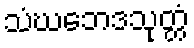
သံဃဘေဒသုတ္တံ